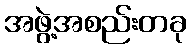
အဖွဲ့အစည်းတခု